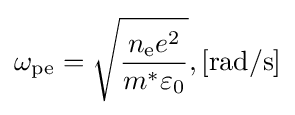
\omega _{\mathrm {pe} }={\sqrt {\frac {n_{\mathrm {e} }e^{2}}{m^{*}\varepsilon _{0}}}},\left[\mathrm {rad/s} \right]